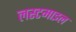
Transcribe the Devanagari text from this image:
लस्टमाइल